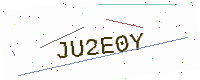
Text: JU2E0Y